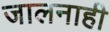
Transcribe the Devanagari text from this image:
जालनाही